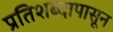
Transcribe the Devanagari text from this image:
प्रतिशब्दापासून